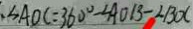
\angle A O C = 3 6 0 ^ { \circ } - \angle A O B - \angle B O C